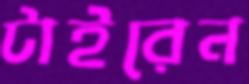
টাইরেন